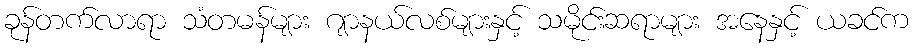
ခုန်တက်လာရာ သံတမန်များ ဂျာနယ်လစ်များနှင့် သမိုင်းဆရာများ အနေနှင့် ယခင်က